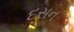
દસન